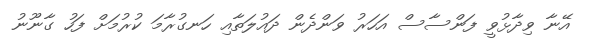
އޭނާ ވިދާޅުވީ ފަންސާސް އަހަރު ވަންދެން ދައުލަތާއި ހަނގުރާމަ ކުރުމަށް ފަހު ގާނޫނު